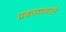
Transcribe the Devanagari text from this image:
प्रकाशवाले